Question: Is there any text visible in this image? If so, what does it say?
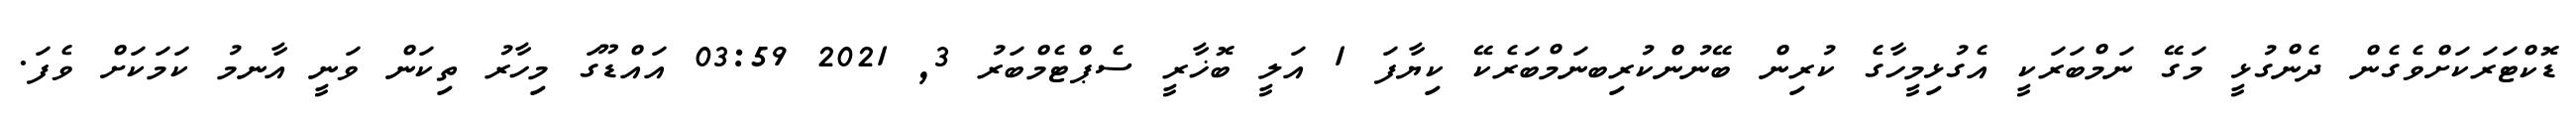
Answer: ޑޮކްޓަރަކަށްވެގެން ދެންގުޅީ މަގޭ ނަމްބަރަކީ އެގުޅިމީހާގެ ކުރިން ބޭނުންކުރިބނަމްބަރެކޭ ކިޔާފަ 1 އަލީ ބޮޚާރީ ސެޕްޓެމްބަރު 3, 2021 03:59 އައްޑޫގަ މިހާރު ތިކަން ވަނީ އާނމު ކަމަކަށް ވެފަ.